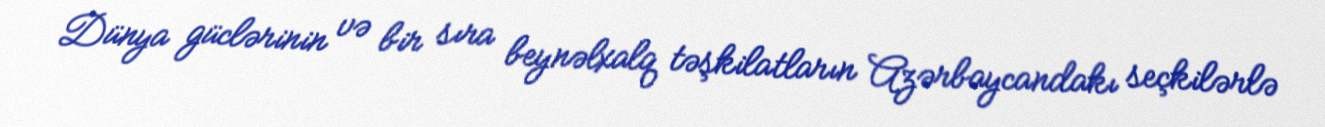
Dünya güclərinin və bir sıra beynəlxalq təşkilatların Azərbaycandakı seçkilərlə